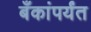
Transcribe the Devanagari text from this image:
बँकांपर्यंत